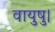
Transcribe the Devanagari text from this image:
वायुषु।